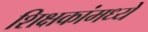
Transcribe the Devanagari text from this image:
शिक्षकांमध्ये